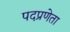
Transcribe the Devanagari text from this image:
पदप्रणेता